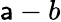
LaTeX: \mathsf{a}-b